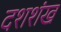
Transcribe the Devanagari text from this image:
दशशंख